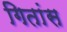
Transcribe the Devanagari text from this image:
गितांस